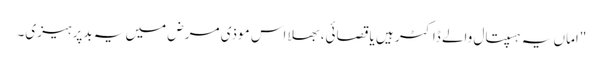
"اماں یہ ہسپتال والے ڈاکٹر ہیں یا قصائی، بھلا اس موذی مرض میں یہ بدپرہیزی۔